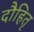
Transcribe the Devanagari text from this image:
दौहितृ